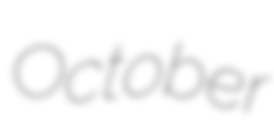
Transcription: October